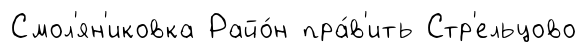
Смол'ян'иковка Райо́н пра́в'ить Стр'ельцово